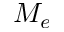
M _ { e }